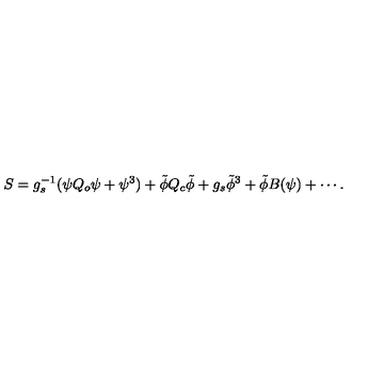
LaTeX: S = g _ { s } ^ { - 1 } ( \psi Q _ { o } \psi + \psi ^ { 3 } ) + \tilde { \phi } Q _ { c } \tilde { \phi } + g _ { s } \tilde { \phi } ^ { 3 } + \tilde { \phi } B ( \psi ) + \cdots .